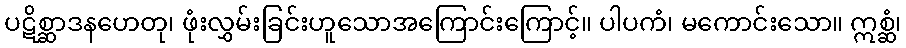
ပဋိစ္ဆာဒနဟေတု၊ ဖုံးလွှမ်းခြင်းဟူသောအကြောင်းကြောင့်။ ပါပကံ၊ မကောင်းသော။ ဣစ္ဆံ၊